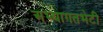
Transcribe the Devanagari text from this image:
अभ्यागतभेटी